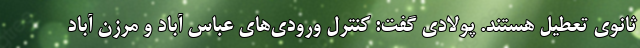
ثانوی تعطیل هستند. پولادی گفت: کنترل ورودی‌های عباس آباد و مرزن آباد